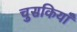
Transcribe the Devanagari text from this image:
चुसकियाँ